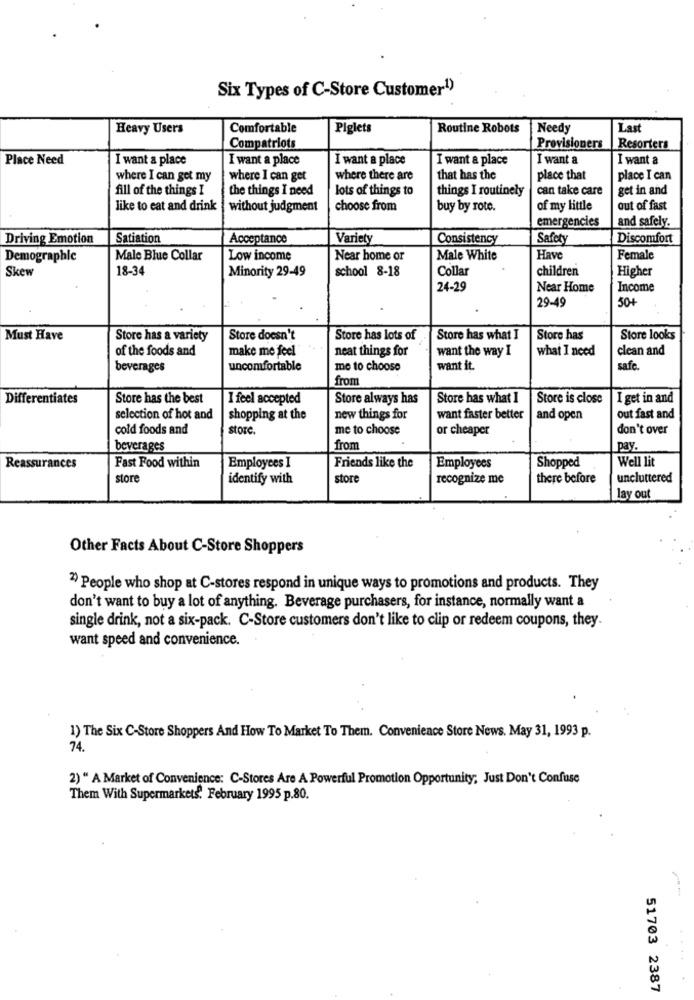
Six Types of C-Store Customer1)
Heavy Users
Comfortable
Piglets
Routine Robots
Needy
Last
Compatriots
Provisioners
Resorters
Place Need
I want a place
I want a place
I want a place
I want a place
I want a
I want a
where I can get my
where I can get
where there are
that has the
place that
place I can
fill of the things I
the things I need
lots of things to
things I routinely
can take care
get in and
like to eat and drink
without judgment
choose from
buy by rote.
of my little
out of fast
emergencies
and safely.
Driving Emotion
Satiation
Acceptance
Variety
Consistency
Safety
Discomfort
Demographic
Male Blue Collar
Low income
Near home or
Male White
Have
Female
Skew
18-34
school 8-18
Collar
children
Higher
Minority 29-49
24-29
Near Home
Income
50+
29-49
Must Have
Store has a variety
Store doesn't
Store has lots of
Store has what I
Store has
Store looks
of the foods and
make me feel"
neat things for
want the way I
what I need
clean and
beverages
uncomfortable
me to choose
want it.
safe
from
Differentiates
Store has the best
I feel accepted
Store always has
Store has what I
Store is close
I get in and
selection of hot and
shopping at the
new things for
want faster better
and open
out fast and
cold foods and
store.
me to choose
or cheaper
don't over
beverages
from
pay.
Fast Food within
Well lit
Reassurances
Employees I
Friends like the
Employees
Shopped
store
identify with
store
recognize me
there before
uncluttered
lay out
Other Facts About C-Store Shoppers
2) People who shop at C-stores respond in unique ways to promotions and products. They
don't want to buy a lot of anything. Beverage purchasers, for instance, normally want a
single drink, not a six-pack. C-Store customers don't like to clip or redeem coupons, they
want speed and convenience.
1) The Six C-Store Shoppers And How To Market To Them. Convenience Store News. May 31, 1993 p.
74.
2) " A Market of Convenience: C-Stores Are A Powerful Promotion Opportunity; Just Don't Confuse
Them With Supermarkets. February 1995 p.80.
51703 2387